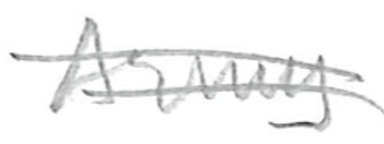
Text: Army
Cross-out: double-line
Writing tool: pencil